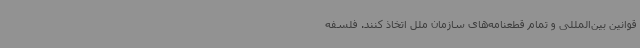
قوانین بین‌المللی و تمام قطعنامه‌های سازمان ملل اتخاذ کنند. فلسفه